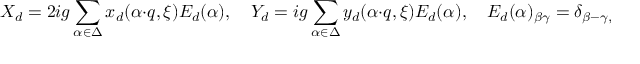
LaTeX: X _ { d } = 2 i g \sum _ { \alpha \in \Delta } x _ { d } ( \alpha \cdot q , \xi ) E _ { d } ( \alpha ) , \quad Y _ { d } = i g \sum _ { \alpha \in \Delta } y _ { d } ( \alpha \cdot q , \xi ) E _ { d } ( \alpha ) , \quad E _ { d } ( \alpha ) _ { \beta \gamma } = \delta _ { \beta - \gamma , 2 \alpha } .